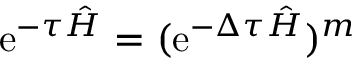
\mathrm { e } ^ { - \tau \hat { H } } = ( \mathrm { e } ^ { - \Delta \tau \hat { H } } ) ^ { m }